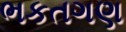
ભકતગણ